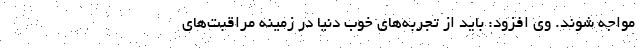
مواجه شوند. وی افزود: باید از تجربه‌های خوب دنیا در زمینه مراقبت‌های